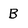
Character: B